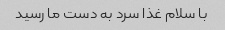
با سلام غذا سرد به دست ما رسید